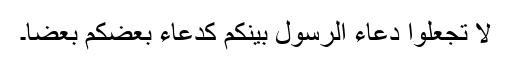
لَا تَجْعَلُوْا دُعَاۗءَ الرَّسُوْلِ بَيْنَكُمْ كَدُعَاۗءِ بَعْضِكُمْ بَعْضًا۔